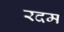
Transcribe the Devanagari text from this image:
रदम